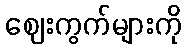
ဈေးကွက်များကို